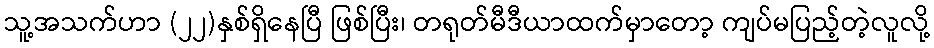
သူ့အသက်ဟာ (၂၂)နှစ်ရှိနေပြီ ဖြစ်ပြီး၊ တရုတ်မီဒီယာထက်မှာတော့ ကျပ်မပြည့်တဲ့လူလို့